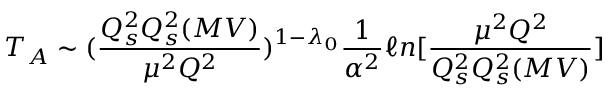
T _ { A } \sim ( { \frac { Q _ { s } ^ { 2 } Q _ { s } ^ { 2 } ( M V ) } { \mu ^ { 2 } Q ^ { 2 } } } ) ^ { 1 - \lambda _ { 0 } } { \frac { 1 } { \alpha ^ { 2 } } } \ell n [ { \frac { \mu ^ { 2 } Q ^ { 2 } } { Q _ { s } ^ { 2 } Q _ { s } ^ { 2 } ( M V ) } } ]